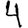
Digit: 4